system: You are a helpful assistant.
user:
Analyze the provided spectrum to determine if it is a **Carbon Star (C-type)**.

- **Key Visual Indicators of Carbon Star:**
    - **(Primary):** Strong molecular absorption from **C₂ (diatomic carbon) "Swan Bands."** This is the **defining feature** of a carbon star.
        - **(Key Bandheads):** Sharp absorption edges are visible at approximately $5635$ Å, $5165$ Å (the strongest band), and $4737$ Å.
        - **(Line Profile):** Creates a distinct **"saw-tooth"** pattern. The key morphology is a sharp, steep bandhead on the **red (long-wavelength) side**, which then gradually tapers off (i.e., flux recovers) towards the **blue (short-wavelength) side**. *(This is the direct opposite of the TiO bands seen in M-type stars)*.

    - **(Secondary):** Intense **CN (cyanogen)** molecular absorption bands.
        - **(Key Bandheads):** Located in the blue and violet regions of the spectrum (e.g., near $4215$ Å and $3883$ Å).
        - **(Morphology):** These bands are extremely broad and act as a "blanket," absorbing the vast majority of blue and violet light. This creates a characteristic **"cliff"** or **"steep drop-off"** in the spectrum's flux at short wavelengths.

    - **(Key Confirmation):** Strong **CH absorption band (G-band)**.
        - **(Key Bandhead):** Located around $4300$ Å. The contribution from CH molecules to this band is exceptionally strong.

    - **(Overall Spectrum):**
        - The continuum is severely "chopped up" by these deep molecular bands, especially C₂, rather than appearing as a smooth curve.
        - Due to the heavy CN and C₂ absorption in the blue-green, the vast majority of the star's flux is concentrated in the red part of the spectrum, giving the star its characteristic deep red color.

Think first, call **spectral_visualization_tool** if needed to examine features in detail, then provide your final answer. Your response must adhere to the following strict rules:
1.  **Overall Structure:** Your response must follow the format `<think>...</think> <tool_call>...</tool_call> (if a tool is used) <answer>...</answer>`.
2.  **Tool Usage Constraint:** You may only make **one** tool call per turn.
3.  **Final Answer Format:** In the `<answer>` tag, your conclusion must be inside a `\boxed{}` command (e.g., `\boxed{YES}`), followed by your justification.

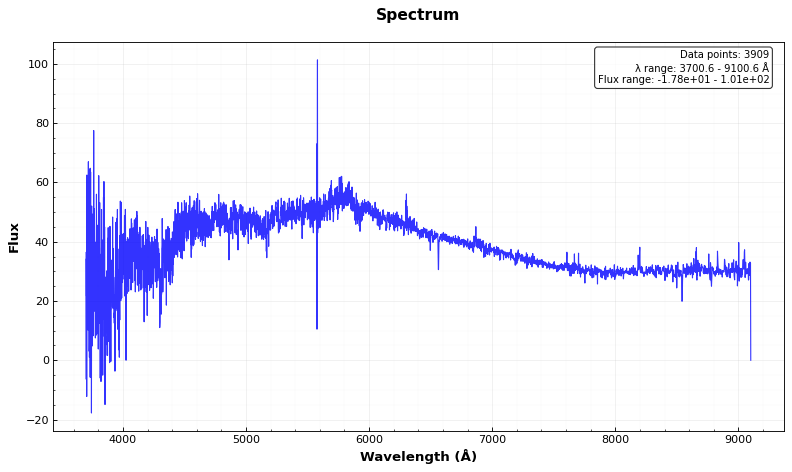
Answer: NO